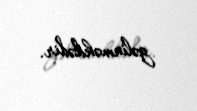
gəlinməkdədir.